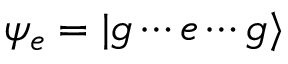
\psi _ { e } = | g \cdots e \cdots g \rangle